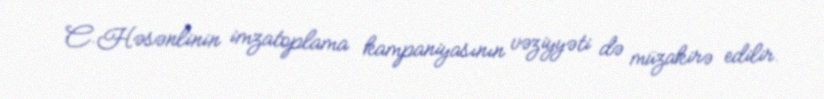
C.Həsənlinin imzatoplama kampaniyasının vəziyyəti də müzakirə edilir.